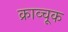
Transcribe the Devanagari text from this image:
क्राव्चूक